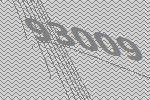
93009